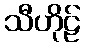
သီဟိုဠ်